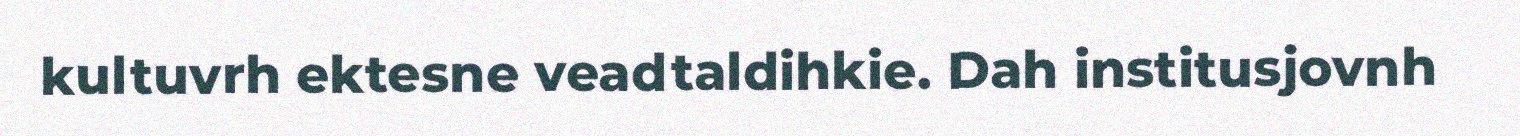
kultuvrh ektesne veadtaldihkie. Dah institusjovnh